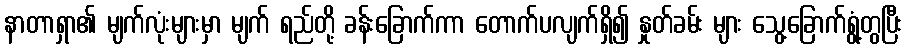
နာတာရှာ၏ မျက်လုံးများမှာ မျက် ရည်တို့ ခန်းခြောက်ကာ တောက်ပလျက်ရှိ၍ နှုတ်ခမ်း များ သွေ့ခြောက်ရွံ့တွပြီး